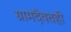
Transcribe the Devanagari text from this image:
ग्रामदैवतही